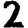
Digit: 2